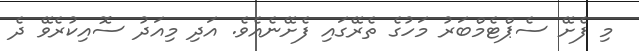
މި ފެށޭ ސެޕްޓެމްބަރު މަހުގެ ތެރޭގައި ފެށޭނެއެވެ. އަދި މިއަދު ސޮއިކުރެވޭ ދެ